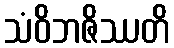
သံဝိဘဇိဿတိ